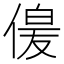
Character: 𫣋